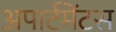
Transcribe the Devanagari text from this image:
अपार्टमेंटस